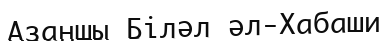
Азаншы Біләл әл-Хабаши